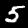
Label: 5